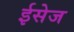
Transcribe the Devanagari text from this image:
ईसेज